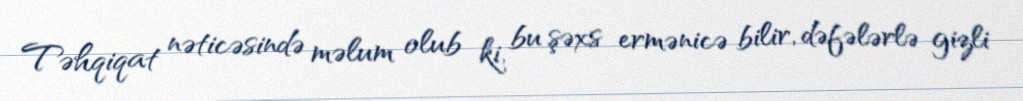
Təhqiqat nəticəsində məlum olub ki, bu şəxs ermənicə bilir, dəfələrlə gizli